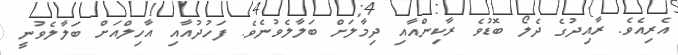
އެރިއެވެ. ރާއިދުގެ ދެލޯ ބޮޑުވެ ރާކިންއާއި ދިމާލަށް ބަލާލެވުނެވެ. ފަހުދުއާއި އާހިލްއަށް ބަލާލެވުނީ